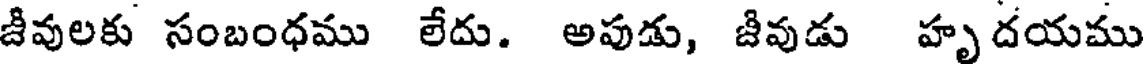
జీవులకు సంబంధము లేదు. అపుడు, జీవుడు హృదయము